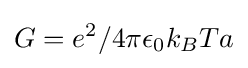
G=e^{2}/4\pi \epsilon _{0}k_{B}Ta